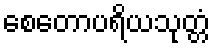
စေတောပရိယသုတ္တံ